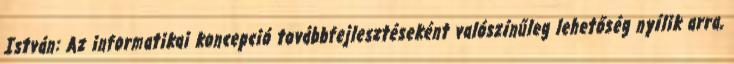
István: Az informatikai koncepció továbbfejlesztéseként valószínűleg lehetőség nyílik arra,